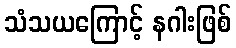
သံသယကြောင့် နဂါးဖြစ်